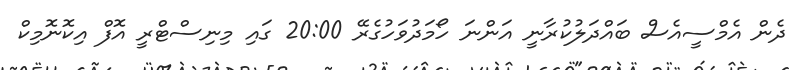
ދެން އެމްސީއެސް ބައްދަލުކުރާނީ އަންނަ ހޯމަދުވަހުގެރޭ 20:00 ގައި މިނިސްޓްރީ އޮފް އިކޮނޮމިކް